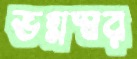
ভগ্নস্বর